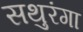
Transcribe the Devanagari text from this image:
सथुरंगा